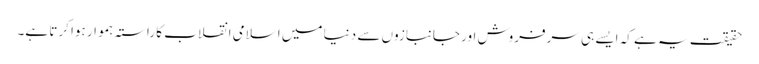
حقیقت یہ ہے کہ ایسے ہی سرفروش اور جانبازوں سے دنیا میں اسلامی انقلاب کا راستہ ہموار ہوا کرتا ہے۔